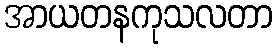
အာယတနကုသလတာ